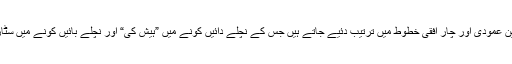
کی پیڈ میں اعداد اور نشانات تین عمودی اور چار افقی خطوط میں ترتیب دئیے جاتے ہیں جس کے نچلے دائیں کونے میں ”ہیش کی“ اور نچلے بائیں کونے میں سٹار یا ”ایسٹیرسک کی“ ہوتی ہیں۔